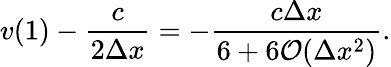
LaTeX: v(1)-\frac{c}{2\Delta x}=-\frac{c\Delta x}{6+6\mathcal{O}(\Delta x^{2})}.